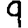
Digit: 9